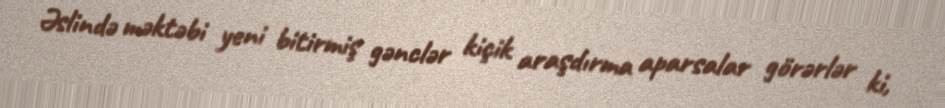
Əslində məktəbi yeni bitirmiş gənclər kiçik araşdırma aparsalar görərlər ki,